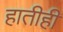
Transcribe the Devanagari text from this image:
हातीही